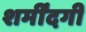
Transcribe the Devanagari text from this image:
शर्मींदगी